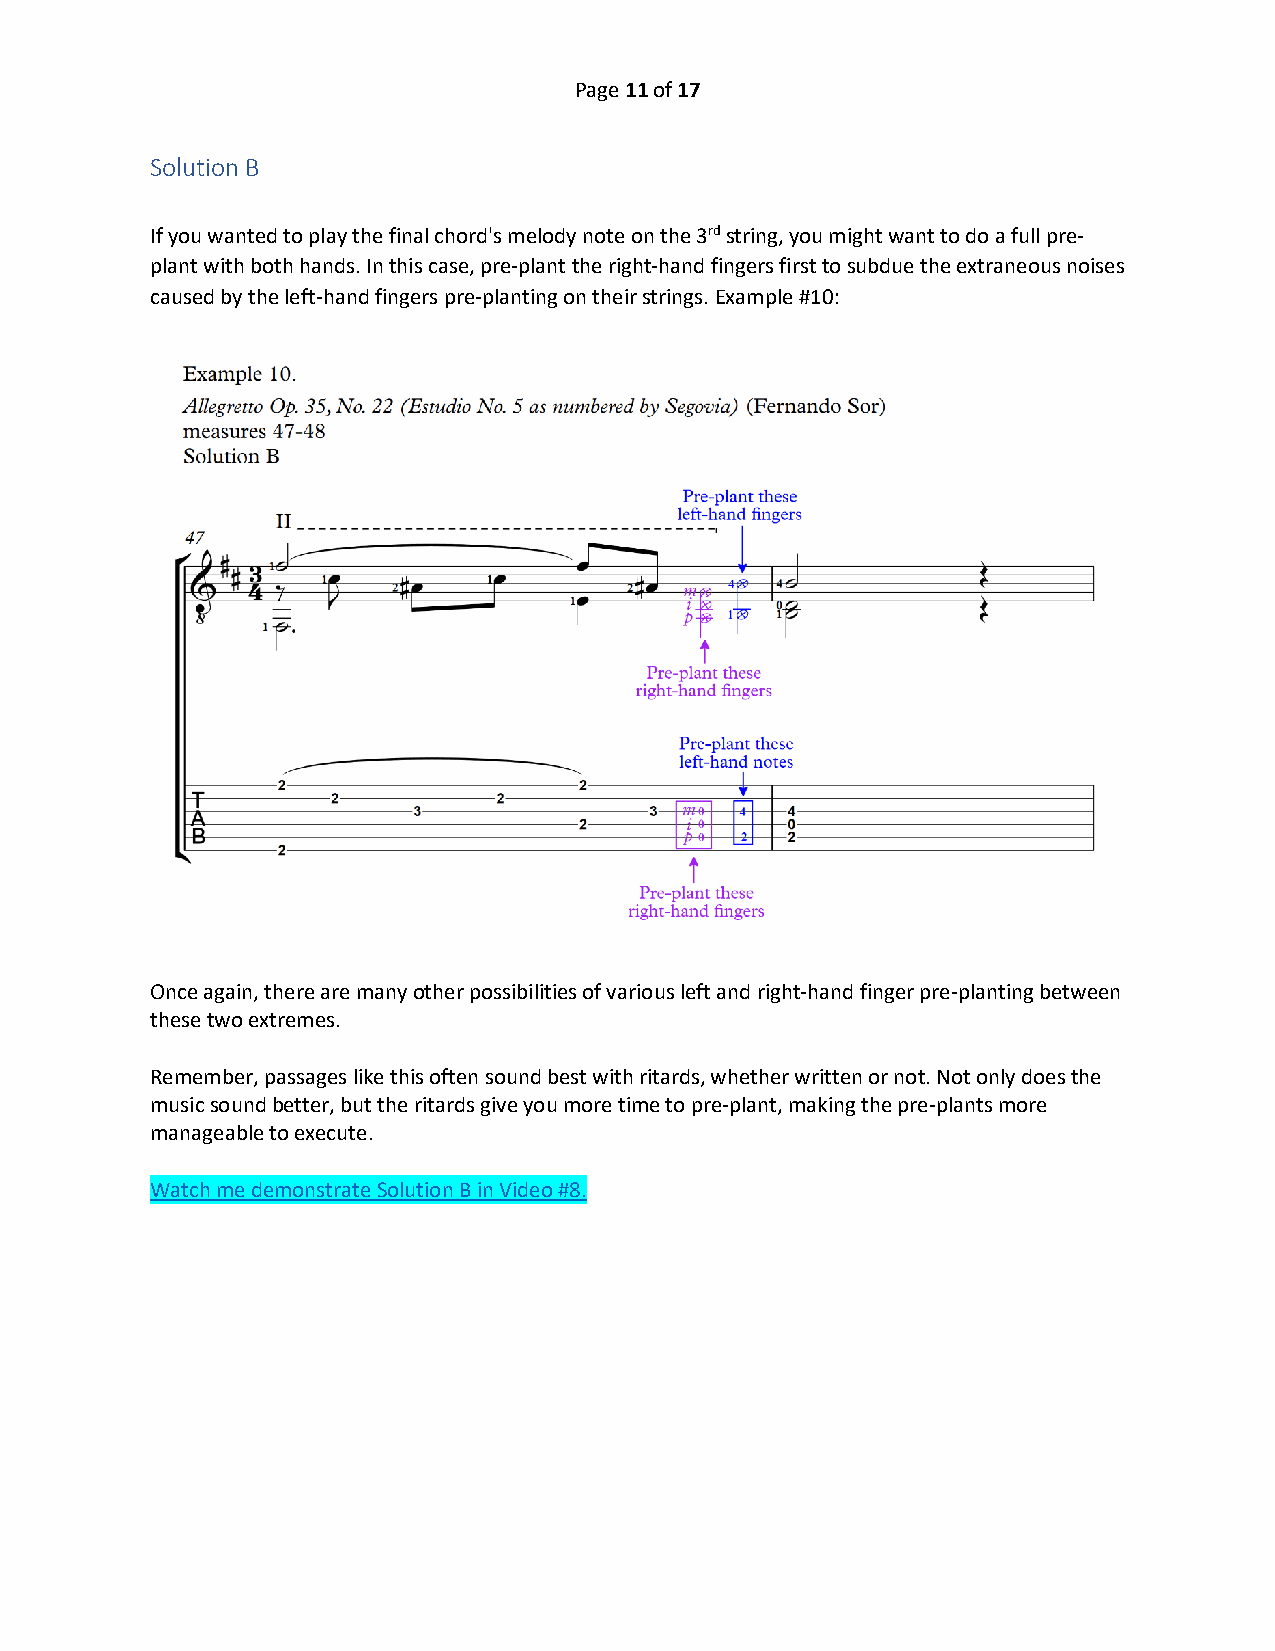
Page 11 of 17
 Solution B
 If you wanted to play the final chord's melody note on the 3rd string, you might want to do a full pre-
 plant with both hands. In this case, pre-plant the right-hand fingers first to subdue the extraneous noises
 caused by the left-hand fingers pre-planting on their strings. Example #10:
 Once again, there are many other possibilities of various left and right-hand finger pre-planting between
 these two extremes.
 Remember, passages like this often sound best with ritards, whether written or not. Not only does the
 music sound better, but the ritards give you more time to pre-plant, making the pre-plants more
 manageable to execute.
 Watch me demonstrate Solution B in Video #8.